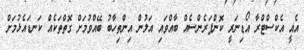
އެއީ އެކްސްޓްރާ އޯޑިނަރީ ކޮންފަރެންސެއް ބާއްވައި އަލުން އިންތިހާބު ބޭއްވުމަށް ގޮތްތަކެއް ކަނޑައެޅުމަށް